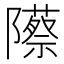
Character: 𬯡